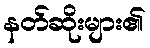
နတ်ဆိုးများ၏